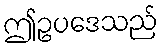
ဤဥပဒေသည်